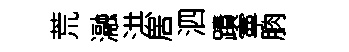
荒瀜洪居泗蹟寕朒